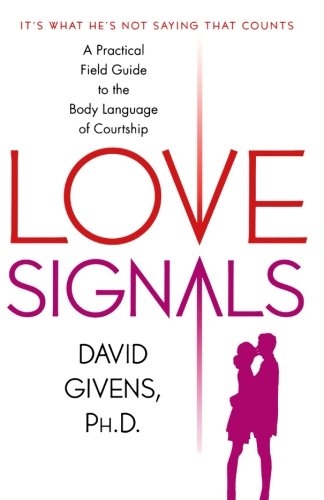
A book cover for Love Signals: A Practical Field Guide to the Body Language of Courtship; David Givens; Self-Help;